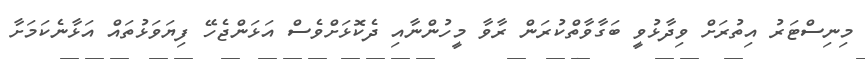
މިނިސްޓަރު އިތުރަށް ވިދާޅުވީ ބަގާވާތްކުރަން ރާވާ މީހުންނާއި ދެކޮޅަށްވެސް އަޅަންޖެހޭ ފިޔަވަޅުތައް އަޅާނެކަމަށާ